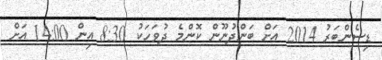
ޑިސެންބަރު 2014 އަށް ބަންދުނޫން ކޮންމެ ދުވަހަކު 8:30 އިން 14:00 އަށް